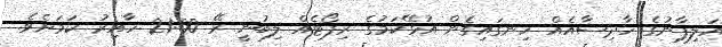
އަލިފާނުގެ ހާދިސާއެއް ހިނގައިގެން އުޅޭކަމުގެ ރިޕޯޓެއް ލިބުނީ ރޭ 21:00 ހާއިރު ކަމަށެވެ.